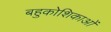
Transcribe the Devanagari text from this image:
बहुकोशिकाओं